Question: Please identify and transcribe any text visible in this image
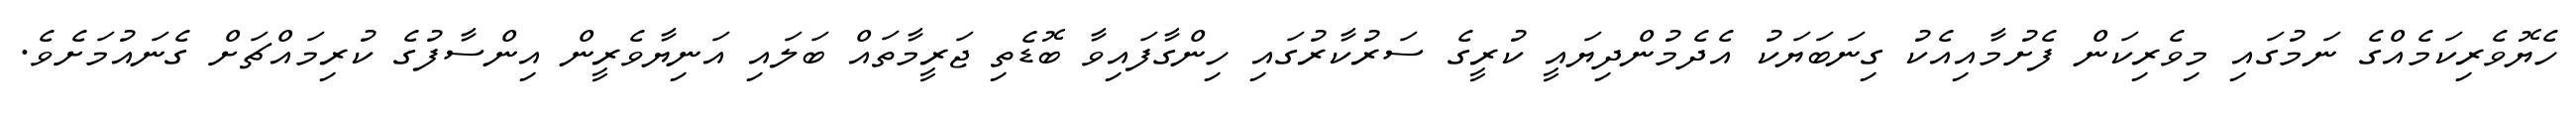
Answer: ހެޔޮވެރިކަމެއްގެ ނަމުގައި މިވެރިކަން ފެށުމާއިއެކު ގިނަބަޔަކު އެދެމުންދިޔައީ ކުރީގެ ސަރުކާރުގައި ހިންގާފައިވާ ބޮޑެތި ޖަރީމާތައް ބަލައި އަނިޔާވެރީން އިންސާފުގެ ކުރިމައްޗަށް ގެނައުމަށެވެ.